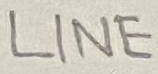
Text: LINE